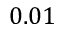
0 . 0 1